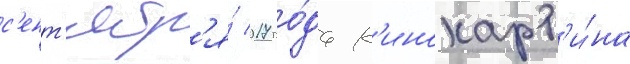
с'ент'ябр'я́ 2017 го́да к'инокарт'и́на